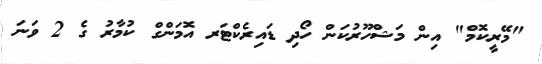
"މޭރީކޮމް" އިން މަޝްހޫރުކަން ހޯދި ޑައިރެކްޓަރ އޮމަންގް ކުމާރު ގެ 2 ވަނަ